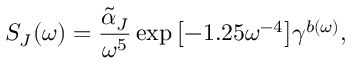
S _ { J } ( \omega ) = \frac { \tilde { \alpha } _ { J } } { \omega ^ { 5 } } \exp { \left[ - 1 . 2 5 \omega ^ { - 4 } \right] } \gamma ^ { b ( \omega ) } ,